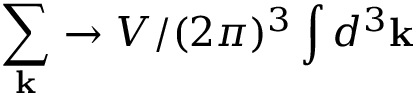
\sum _ { \mathbf { k } } \rightarrow V / ( 2 \pi ) ^ { 3 } \int d ^ { 3 } \mathbf { k }